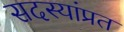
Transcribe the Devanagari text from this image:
सदस्यांप्रत